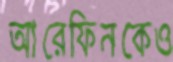
আরেফিনকেও